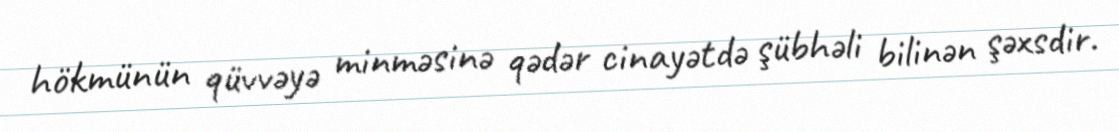
hökmünün qüvvəyə minməsinə qədər cinayətdə şübhəli bilinən şəxsdir.